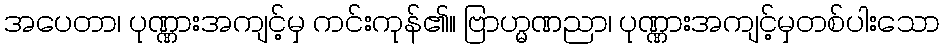
အပေတာ၊ ပုဏ္ဏားအကျင့်မှ ကင်းကုန်၏။ ဗြာဟ္မဏညာ၊ ပုဏ္ဏားအကျင့်မှတစ်ပါးသော